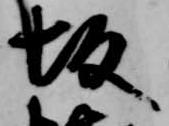
坂